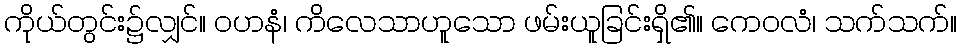
ကိုယ်တွင်း၌လျှင်။ ဝဟနံ၊ ကိလေသာဟူသော ဖမ်းယူခြင်းရှိ၏။ ကေဝလံ၊ သက်သက်။